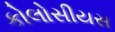
કોલોસીયસ